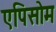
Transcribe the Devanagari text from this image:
एपिसोम